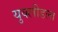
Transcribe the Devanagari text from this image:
युक्लीडला